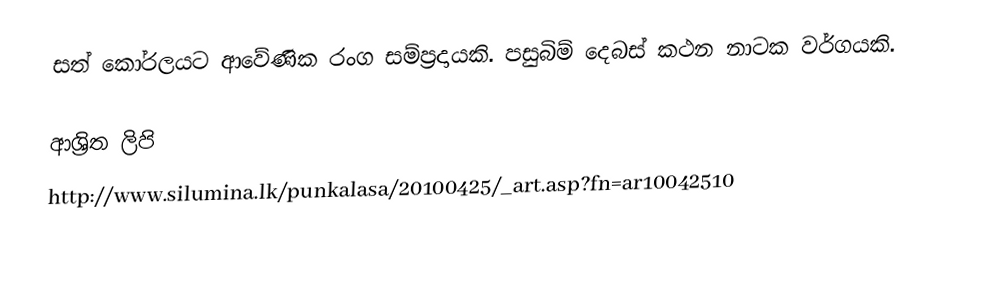
සත් කෝරලයට ආවේණික රංග සම්ප්‍රදායකි. පසුබිම් දෙබස් කථන නාටක වර්ගයකි.

ආශ්‍රිත ලිපි
 http://www.silumina.lk/punkalasa/20100425/_art.asp?fn=ar10042510